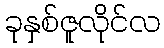
ခုနှစ်ဇူလိုင်လ